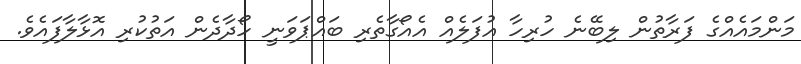
މަންމައެއްގެ ފަރާތުން ލިބޭނެ ހުރިހާ އުފަލެއް އެއޯގާތެރި ބައްޕަވަނީ ހޯދާދެން އަތުކުރި އޮޅާލާފައެވެ.